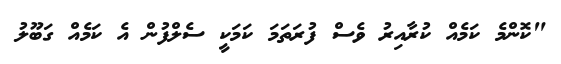
"ކޮންމެ ކަމެއް ކުރާއިރު ވެސް ފުރަތަމަ ކަމަކީ ސެލްފުން އެ ކަމެއް ގަބޫލު